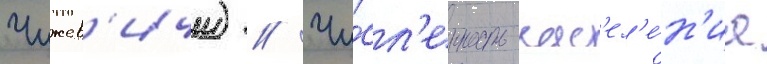
Чижев'ичи) // Чи́сл'енность нас'ел'е́н'иа